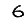
Digit: 6